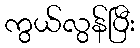
ကွယ်လွန်ပြီး